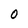
Character: O